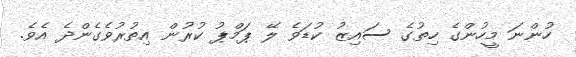
ހުންނަ މީހުންގެ ހިތުގެ ސައިޒު ކުޑަވެ ލޭ ޕަމްޕު ކުރުން އިތުރުވެގެންދެ އެވެ.